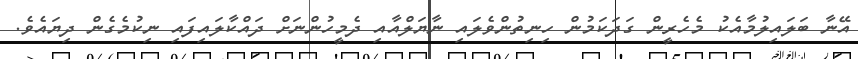
އޭނާ ބަލައިލުމާއެކު މެހެރީން ގަދަކަމުން ހިނިތުންވެލައި ނާޔަލްއާއި ދެމީހުންނަށް ދައްކާލައިފައި ނިކުމެގެން ދިޔައެވެ.